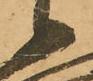
候